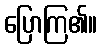
ပြောကြ၏။